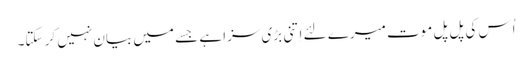
اُس کی پل پل موت میرے لئے اِتنی بڑی سزا ہے جسے میں بیان نہیں کر سکتا۔